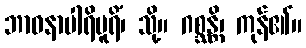
ဘာဝနာပါရိပူရိံ၊ သို့။ ဂစ္ဆန္တိ၊ ကုန်၏။